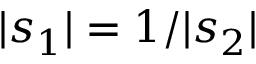
| s _ { 1 } | = 1 / | s _ { 2 } |